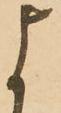
よ